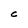
Character: C